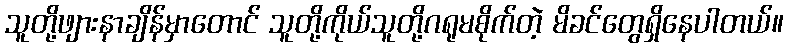
သူတို့ဖျားနာချိန်မှာတောင် သူတို့ကိုယ်သူတို့ဂရုမစိုက်တဲ့ မိခင်တွေရှိနေပါတယ်။